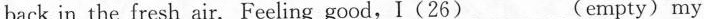
back in the fresh air.Feelinggood,I(26)___(empty) my